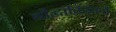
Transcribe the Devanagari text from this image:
बौद्धांविरोधी